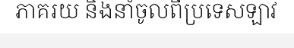
ភាគរយ និងនាំចូលពីប្រទេសឡាវ